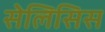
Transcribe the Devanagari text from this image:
सेलिसिस